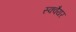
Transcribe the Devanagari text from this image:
स्‍क्‍वैयर